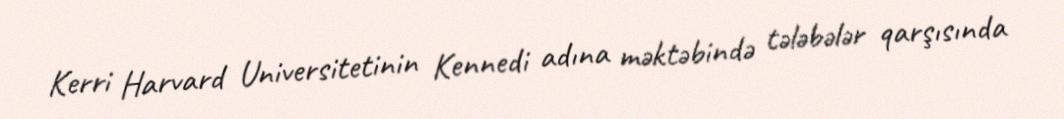
Kerri Harvard Universitetinin Kennedi adına məktəbində tələbələr qarşısında